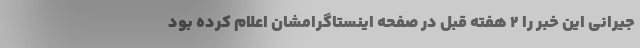
جیرانی این خبر را 2 هفته قبل در صفحه اینستاگرامشان اعلام کرده بود